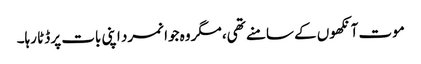
موت آنکھوں کے سامنے تھی، مگر وہ جوانمرد اپنی بات پر ڈٹا رہا۔